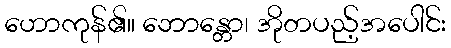
ဟောကုန်၏။ ဘောန္တော၊ အိုတပည့်အပေါင်း